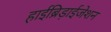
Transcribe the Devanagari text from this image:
हाईब्रिड़ाईजेशन